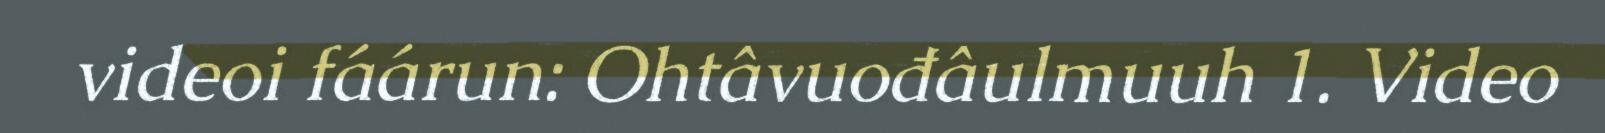
videoi fáárun: Ohtâvuođâulmuuh 1. Video